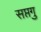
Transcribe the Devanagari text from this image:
सप्तगु